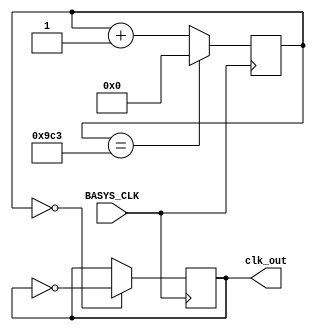
`timescale 1ns / 1ps
//////////////////////////////////////////////////////////////////////////////////
// Company: 
// Engineer: 
// 
// Design Name: 
// Module Name: clk_20khz
// Project Name: 
// Target Devices: 
// Tool Versions: 
// Description: 
// 
// Dependencies: 
// 
// Revision:
// Revision 0.01 - File Created
// Additional Comments:
// 
//////////////////////////////////////////////////////////////////////////////////


module clk_20khz(
    input BASYS_CLK,
    output reg clk_out = 0
    );
    
    reg [31:0] count = 0;
    always @(posedge BASYS_CLK) begin
        count <= (count == 2499) ? 0 : count + 1;
        clk_out <= (count == 0) ? ~clk_out : clk_out;
    end
endmodule